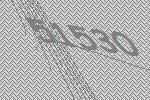
51530